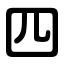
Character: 四